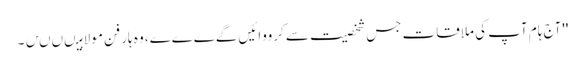
''آج ہام آپ کی ملاقات جس شخصیت سے کرووائیں گےےےے، وہ ہار فن مولا ہیںںںں۔